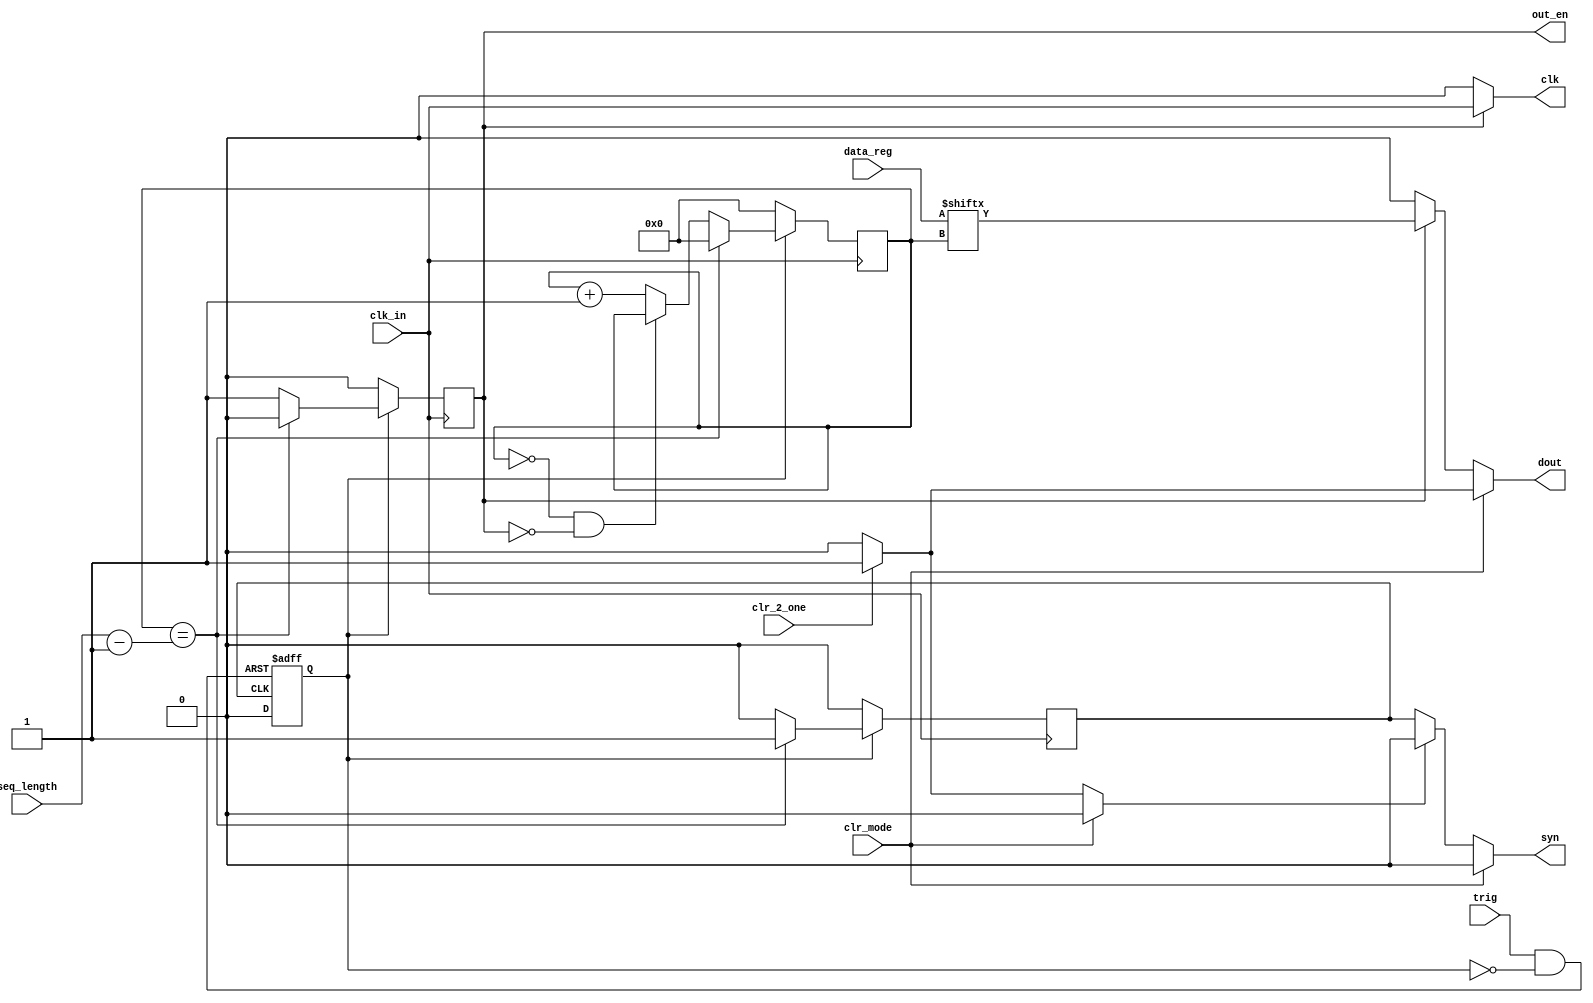
module dout_SYN_vJTAG(
	input clk_in,
	input [1023:0]data_reg,	//	Data Register, 451 bits
	input  trig,				// Trigger Signal	
	input  [9:0]seq_length,
	input  clr_2_one,	
									// 11 -> All zeros
									// 01 -> All ones
	input  clr_mode,	
	output clk,	//	.clk(GPIO_0_D[0]),	// CLOCK
	output dout,	// .dout(GPIO_0_D[1]),	// Digital Input
	output syn,	//	.syn(GPIO_0_D[2])		// Sync Signal		
	output reg out_en	//	.syn(GPIO_0_D[2])		// Sync Signal		
);

reg dout_strobe;
reg async_out_en;
reg clk_strobe;
reg [9:0]counter;
reg syn_internal;
assign dout = clr_mode?(clr_2_one?1'b1:1'b0):(out_en?data_reg[counter]:1'b0);
assign syn = clr_mode?1'b0:(syn_disable?1'b0:syn_internal);
assign clk = out_en?clk_in:1'b0;
assign syn_disable = clr_mode?1'b0:clr_2_one?1'b1:1'b0;

/* trigger is valid only if output is not enabled (ready mode)
	do not trigger when output is enabled otherwise 
	digital sequence may be sent  multiple times */
wire trig_and_oenb = trig & !async_out_en;		// dout	

always @ (posedge trig_and_oenb or posedge syn_internal)
begin
	if(trig_and_oenb)		
		async_out_en <= 1'b1;			
	else		
		async_out_en <= 1'b0;				
end // End of Always


always @ (negedge clk_in)
begin 								
	if(async_out_en)
	begin

		if (counter == seq_length-1'b1)
		begin
			counter <= 10'b0000_0000_00;
			syn_internal <= 1'b1;
			out_en <= 1'b0;
		end
		else if (counter == 10'b0000_0000_00 & out_en==1'b0)
		begin
			syn_internal <= 1'b0;
			out_en <= 1'b1;
		end
		else
		begin
			counter <= counter + 1'b1; 
			syn_internal <= 1'b0;
			out_en <= 1'b1;
		end
	end	
	else
		begin
		syn_internal <= 1'b0;
		counter <= 10'b0000_0000_00;
		out_en <= 1'b0;
		end
end // End of Always
endmodule